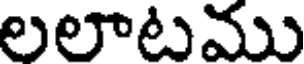
లలాటము